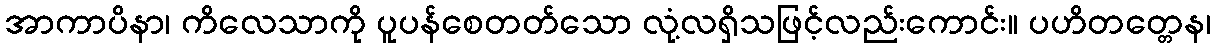
အာကာပိနာ၊ ကိလေသာကို ပူပန်စေတတ်သော လုံ့လရှိသဖြင့်လည်းကောင်း။ ပဟိတတ္တေန၊